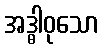
အဒ္ဓါဝုသော